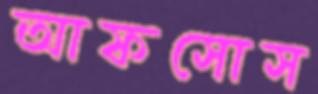
আফসোস